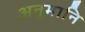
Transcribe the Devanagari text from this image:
अनुमानि